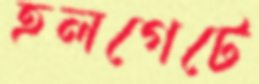
হলগেটে